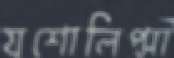
যশোলিপ্সা